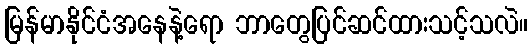
မြန်မာနိုင်ငံအနေနဲ့ရော ဘာတွေပြင်ဆင်ထားသင့်သလဲ။